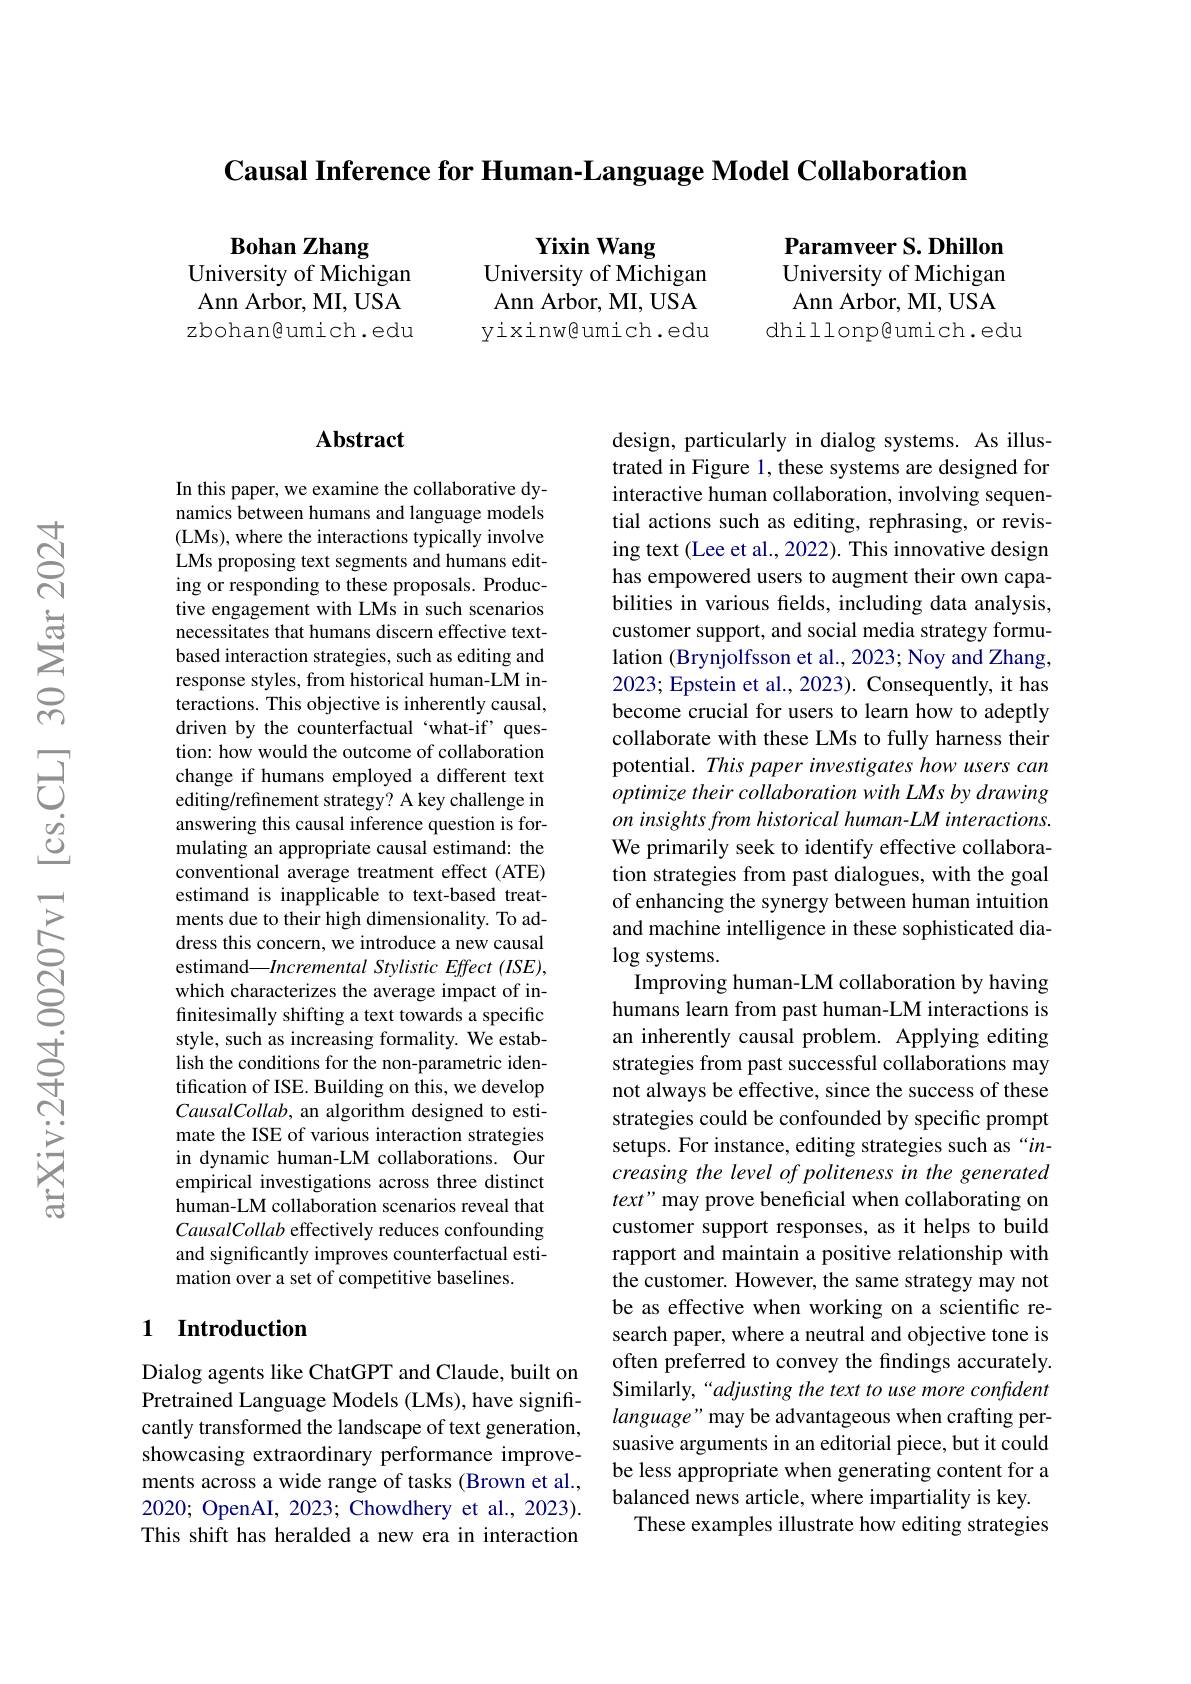
Causal Inference for Human-Language Model Collaboration

Bohan Zhang
University of Michigan Ann Arbor, MI, USA zbohan@umich.edu

Yixin Wang
University of Michigan ${\mathrm{Ann~Arbor,~MI,~USA}}$ yixinw@umich.edu

Paramveer S. Dhillon University of Michigan Ann Arbor, MI, USA
dhillonp@umich.edu

### Abstract

In this paper, we examine the collaborative dynamics between humans and language models (LMs), where the interactions typically involve LMs proposing text segments and humans editing or responding to these proposals. Productive engagement with LMs in such scenarios necessitates that humans discern effective textbased interaction strategies, such as editing and response styles, from historical human-LM interactions. This objective is inherently causal, driven by the counterfactual ‘what-if’question: how would the outcome of collaboration change if humans employed a different text editing/refinement strategy? A key challenge in answering this causal inference question is formulating an appropriate causal estimand: the conventional average treatment effect (ATE) estimand is inapplicable to text-based treatments due to their high dimensionality. To address this concern, we introduce a new causal estimand—Incremental Stylistic Effect (ISE), which characterizes the average impact of infinitesimally shifting a text towards a specific style, such as increasing formality. We establish the conditions for the non-parametric identification of ISE. Building on this, we develop CausalCollab, an algorithm designed to estimate the ISE of various interaction strategies in dynamic human-LM collaborations. Our empirical investigations across three distinct human-LM collaboration scenarios reveal that CausalCollab effectively reduces confounding and significantly improves counterfactual estimation over a set of competitive baselines.

## 1 Introduction

Dialog agents like ChatGPT and Claude, built on Pretrained Language Models (LMs), have significantly transformed the landscape of text generation, showcasing extraordinary performance improvements across a wide range of tasks (Brown et al., 2020; OpenAI, 2023; Chowdhery et al., 2023). This shift has heralded a new era in interaction

design, particularly in dialog systems. As illustrated in Figure 1, these systems are designed for interactive human collaboration, involving sequential actions such as editing, rephrasing, or revising text (Lee et al., 2022). This innovative design has empowered users to augment their own capabilities in various felds, including data analysis, customer support, and social media strategy formulation (Brynjolfsson et al., 2023; Noy and Zhang, 2023; Epstein et al., 2023). Consequently, it has become crucial for users to learn how to adeptly collaborate with these LMs to fully harness their potential. This paper investigates how users can optimize their collaboration with LMs by drawing on insights from historical human-LM interactions. We primarily seek to identify effective collaboration strategies from past dialogues, with the goal of enhancing the synergy between human intuition and machine intelligence in these sophisticated dia- $\log$systems.
Improving human-LM collaboration by having humans learn from past human-LM interactions is an inherently causal problem. Applying editing strategies from past successful collaborations may not always be effective, since the success of these strategies could be confounded by specific prompt setups. For instance, editing strategies such as“increasing the level of politeness in the generated text" may prove beneficial when collaborating on customer support responses, as it helps to build rapport and maintain a positive relationship with the customer. However, the same strategy may not be as effective when working on a scientific research paper, where a neutral and objective tone is often preferred to convey the findings accurately. Similarly,“adjusting the text to use more confident language" may be advantageous when crafting persuasive arguments in an editorial piece, but it could be less appropriate when generating content for a balanced news article, where impartiality is key.
These examples illustrate how editing strategies